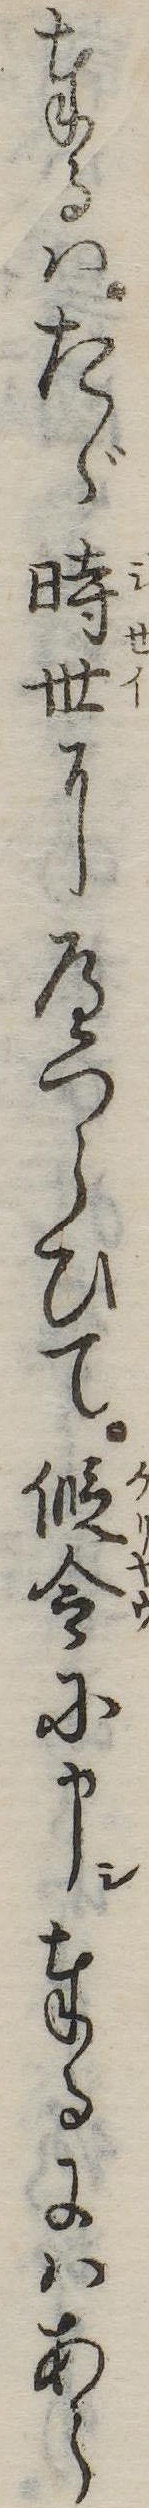
奉るはたゞ時世にへつらひて仮令に申奉るにはあら